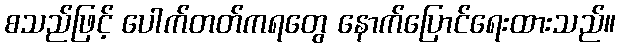
စသည်ဖြင့် ပေါက်တတ်ကရတွေ နောက်ပြောင်ရေးထားသည်။